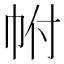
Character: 𢂆